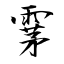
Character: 雺